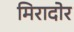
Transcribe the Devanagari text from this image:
मिरादोर